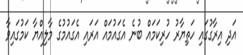
އަދި އިރާގުގައި ހަތިޔާރު ހުރިކަމައް ބުނެ އެގައުމައް އަރައި އެގައުމުގެ މާލިއްޔާ ކަމުގައިވާ